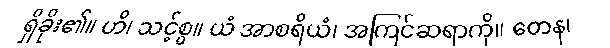
ရှိခိုး၏။ ဟိ၊ သင့်စွ။ ယံ အာစရိယံ၊ အကြင်ဆရာကို။ တေန၊